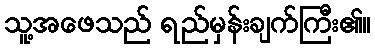
သူ့အဖေသည် ရည်မှန်းချက်ကြီး၏။